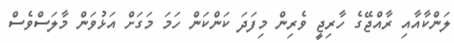
ލަންކާއާއި ރާއްޖޭގެ ހާރިޖީ ވެރިން މިފަދަ ކަންކަން ހަމަ މަގަށް އަޅުވަން މާލަސްވެސް